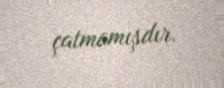
çatmamışdır.